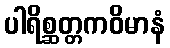
ပါရိစ္ဆတ္တကဝိမာနံ